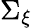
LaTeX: \Sigma_{\xi}